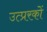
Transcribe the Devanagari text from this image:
उत्प्ररकों